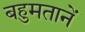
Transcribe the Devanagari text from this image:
बहुमतानें